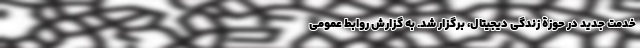
خدمت جدید در حوزۀ زندگی دیجیتال، برگزار شد. به گزارش روابط عمومی